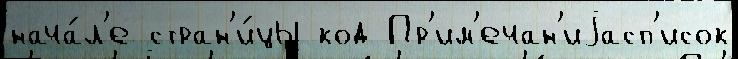
нача́л'е стран'и́цы код Пр'им'ечан'иjасп'исок